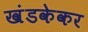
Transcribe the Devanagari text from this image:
खंडकेकर